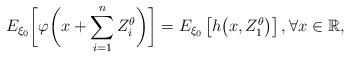
LaTeX: \begin{align*}E_{\xi_0} \biggl[\varphi\biggl(x+\sum_{i=1}^{n} Z_i^\theta\biggr)\biggr]=E_{\xi_0}\left[h\bigl(x,Z_1^\theta\bigr)\right], \forall x\in \mathbb R,\end{align*}